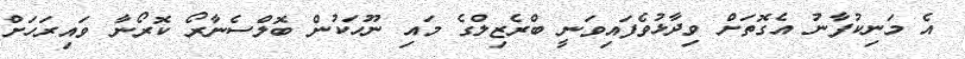
އެ މަނިކުފާނު އެގޮތަށް ވިދާޅުވެފައިވަނީ ބްރެޒިލްގެ މައި ނޫހަކުން ބޮލްސެނާރޯ ކޮރޯނާ ވައިރަހަށް